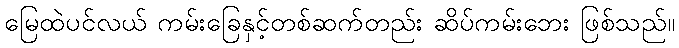
မြေထဲပင်လယ် ကမ်းခြေနှင့်တစ်ဆက်တည်း ဆိပ်ကမ်းဘေး ဖြစ်သည်။